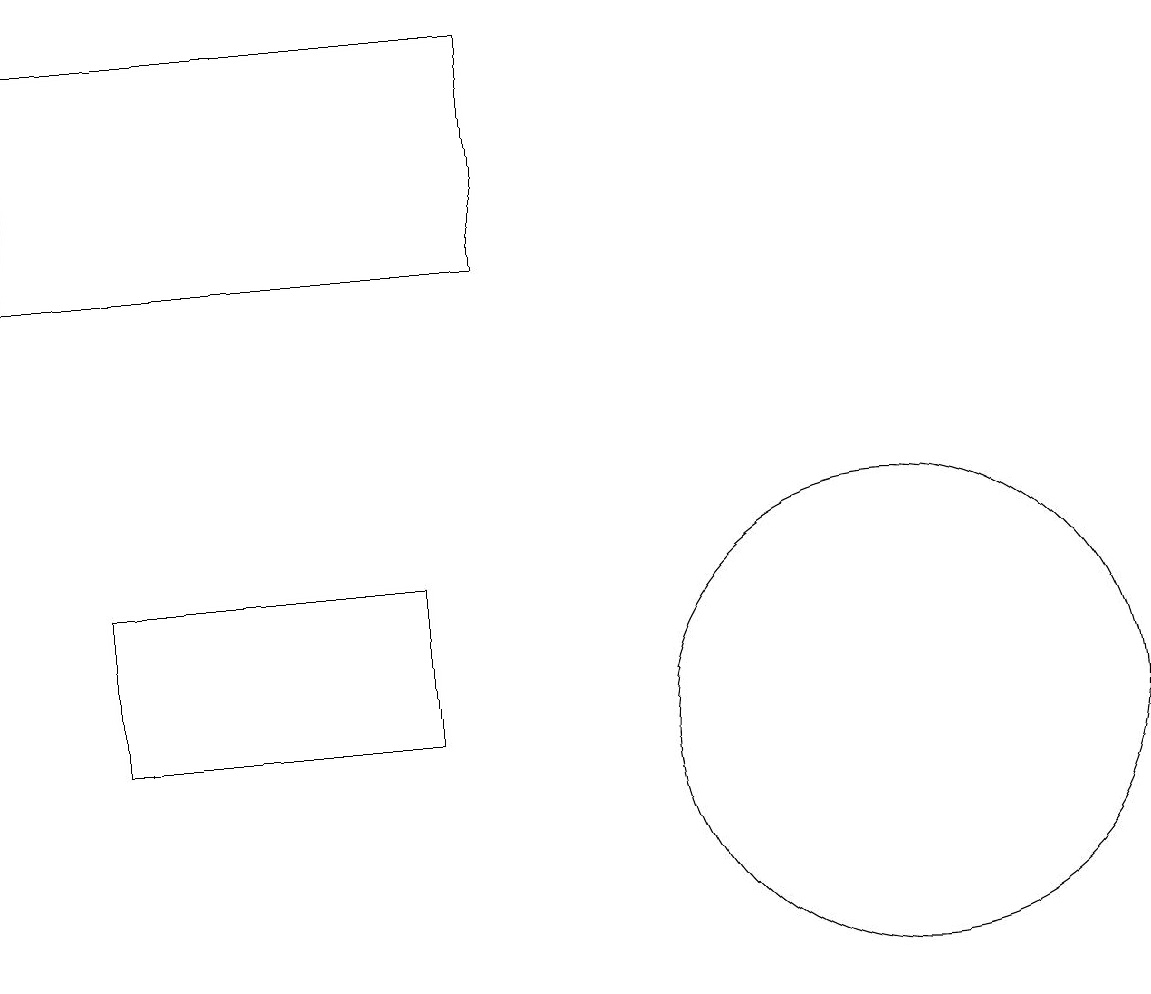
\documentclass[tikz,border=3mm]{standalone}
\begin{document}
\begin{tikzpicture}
\draw (11,10) circle (3);
\draw (1,10) rectangle (5,12);
\draw (0,16) rectangle (6,19);
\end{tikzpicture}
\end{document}